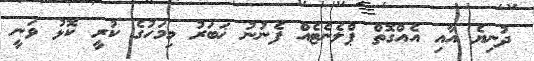
ދުނިޔެ އާއި އެއްގޮތް ޕްލެނެޓެއް ފެނުނު ޚަބަރު މިމަހުގެ ކުރީ ކޮޅު ވަނީ